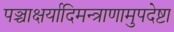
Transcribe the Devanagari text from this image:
पञ्चाक्षर्यादिमन्त्राणामुपदेष्टा